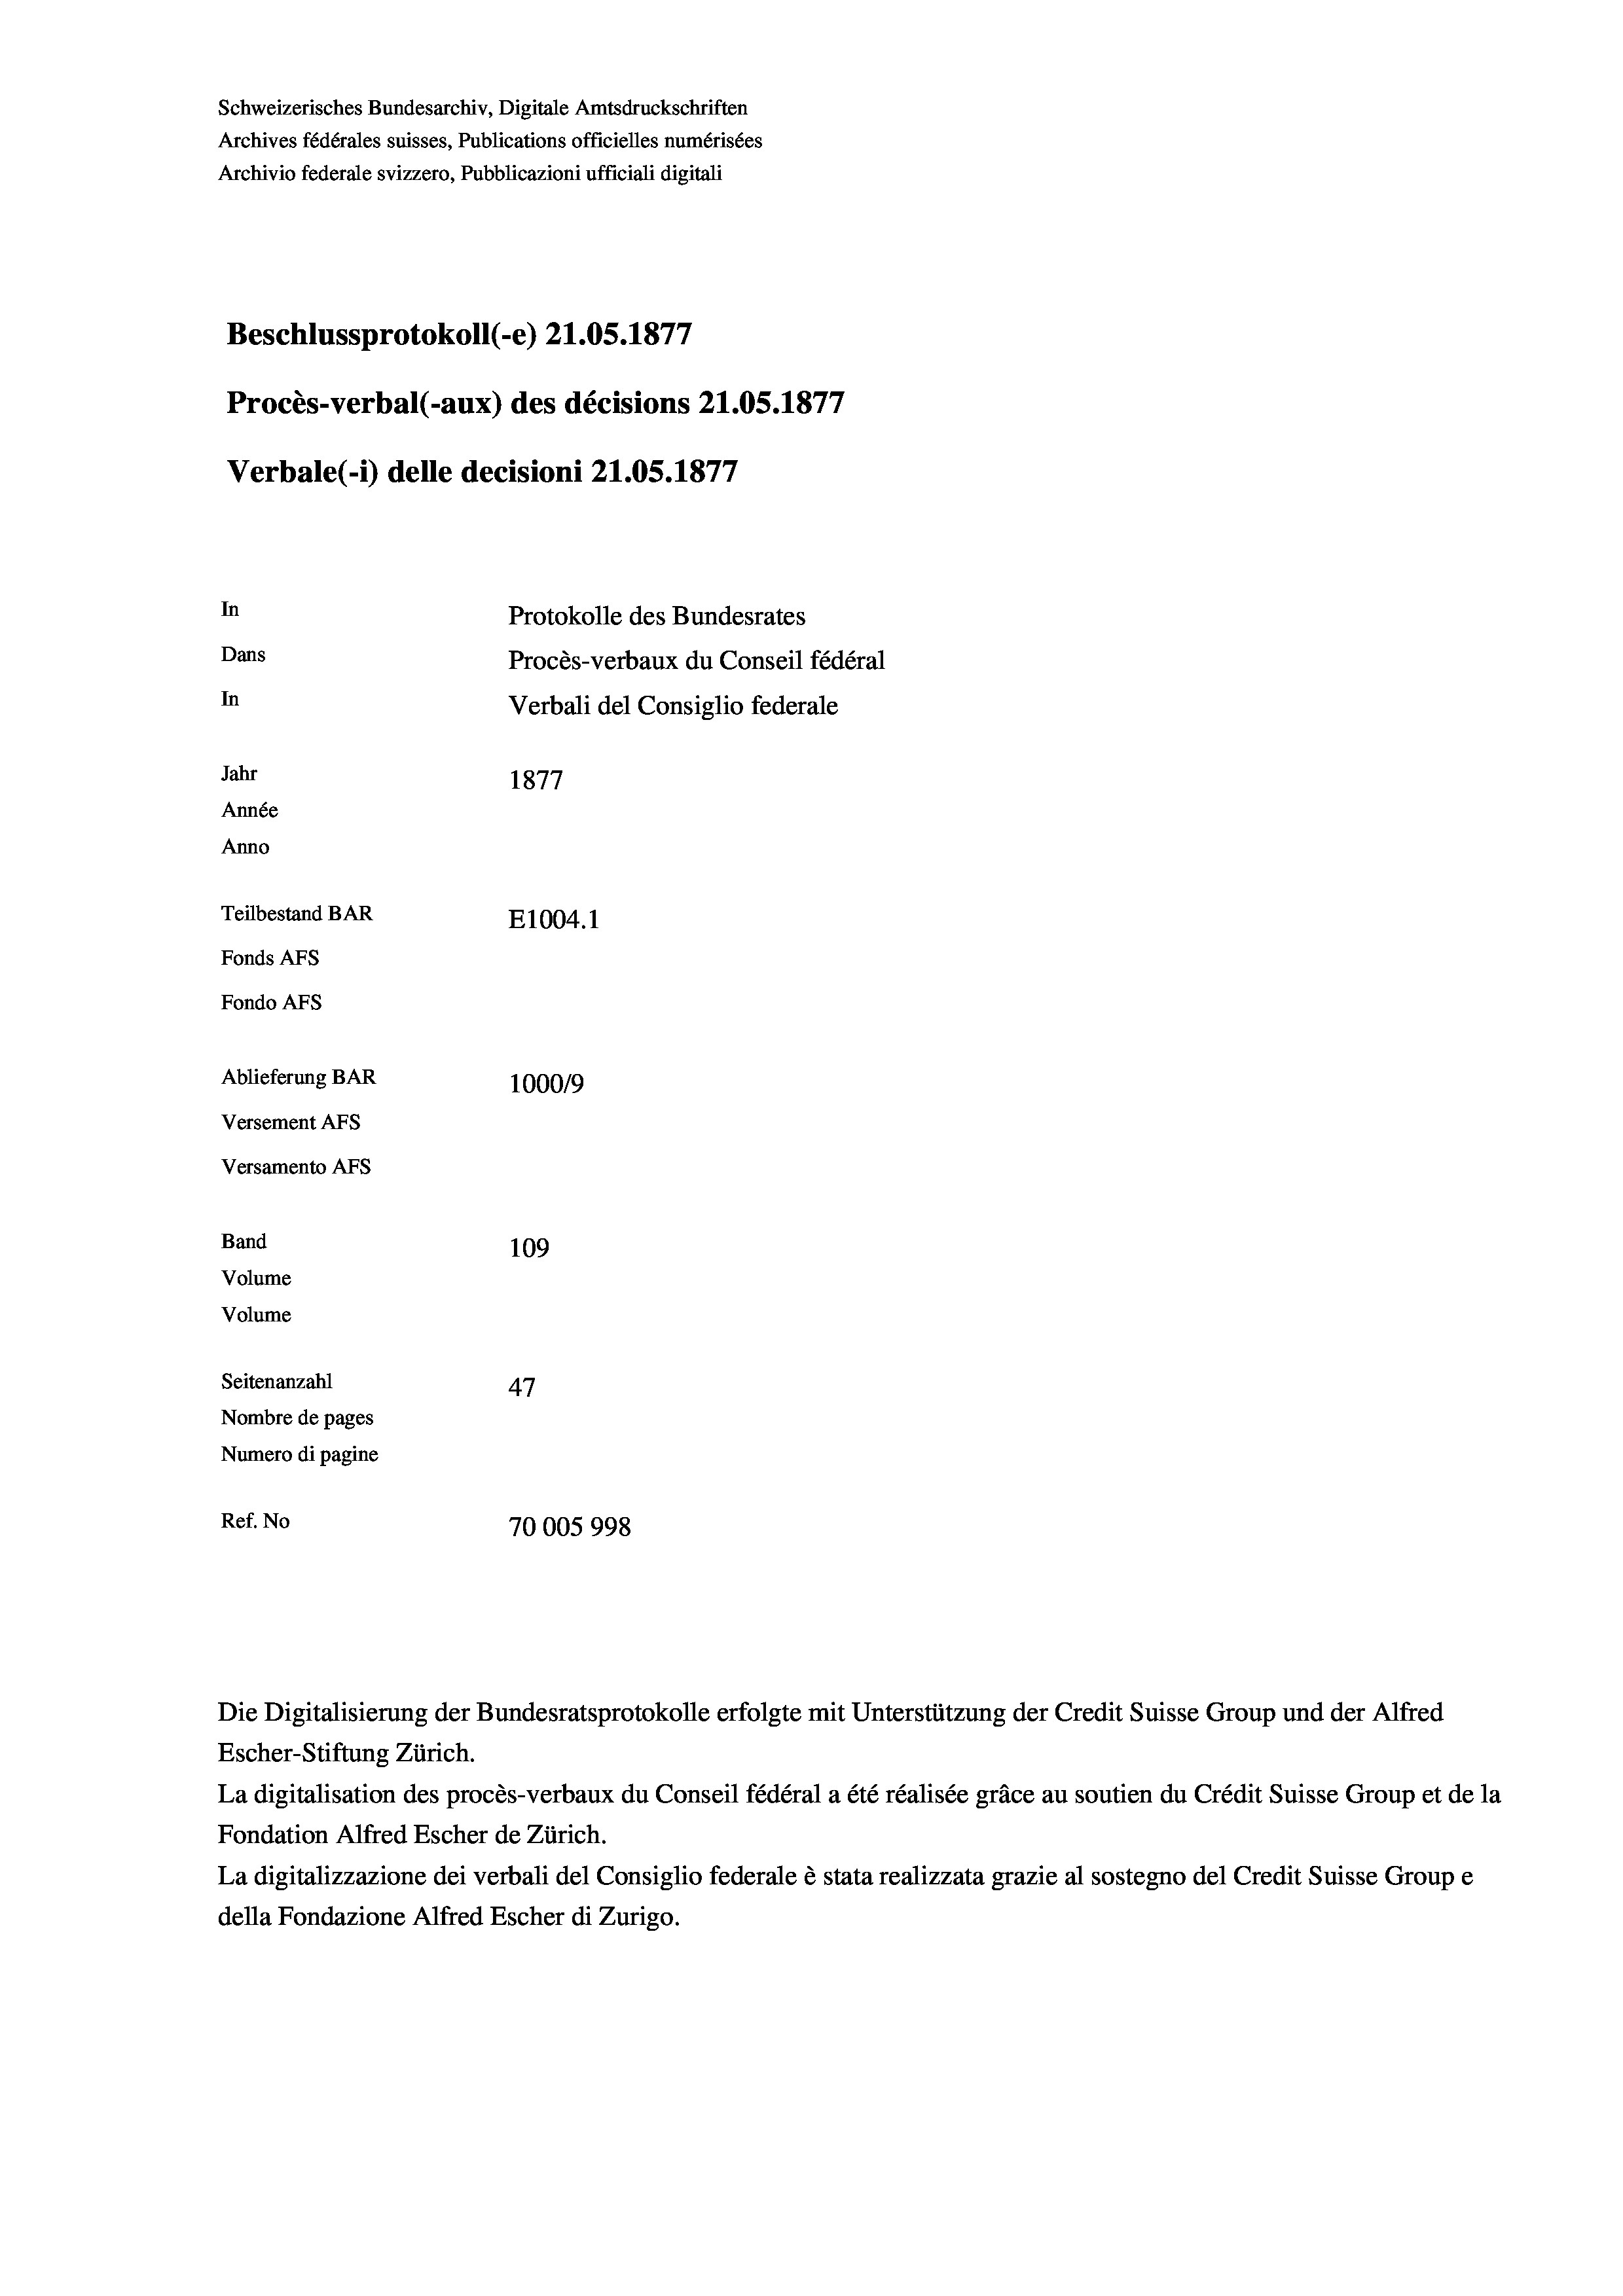
Schweizerisches Bundesarchiv, Digitale Amtsdruckschriften
Archives fédérales suisses, Publications officielles numérisées
Archivio federale svizzero, Pubblicazioni ufficiali digitali
177
Beschlussprotokoll (-e) 21.05. 187,
Procès-verbal (-aux) des décisions 21.05. 1877
Verbale(-*) delle decisioni 21.05. 1877
In
Protokolle des Bundesrates
Dans
Procès-verbaux du Conseil fédéral
In
Verbali del Consiglio federale
Jahr
1877
Année
Anno
Teilbestand BAR
E1004.1
Fonds AFs
Fondo AFs
Ablieferung BAR
100019
Versement Abs
Versamento AFs
Band
109
Volume
Volume

Seitenanzahl
47
Nombre de pages
Numero di pagine
Ref. No
70005 998

Die Digitalisierung der Bundesratsprotokolle erfolgte mit Unterstützung der Credit Suisse Group und der Alfred
Escher-Stiftung Zürich.
La digitalisation des procès-verbaux du Conseil fédéral a été réalisée gräce au soutien du Crédit Suisse Group et de la
Fondation Alfred Escher de Zürich.
La digitalizzazione dei verbali del Consiglio federale è stata realizzata grazie al sostegno del Credit Suisse Groupe
della Fondazione Alfred Escher di Zurigo.